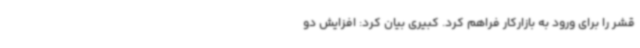
قشر را برای ورود به بازارکار فراهم کرد. کبیری بیان کرد: افزایش دو